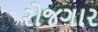
રોજગાર